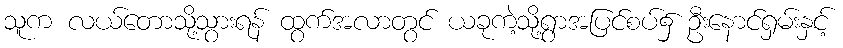
သူက လယ်တောသို့သွားရန် ထွက်အလာတွင် ယခုကဲ့သို့ရွာအပြင်စပ်၌ ဦးနောင်ရှမ်းနှင့်